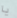
يا